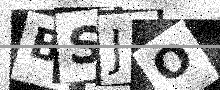
Text: BSJO